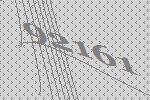
92161